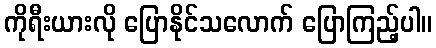
ကိုရီးယားလို ပြောနိုင်သလောက် ပြောကြည့်ပါ။